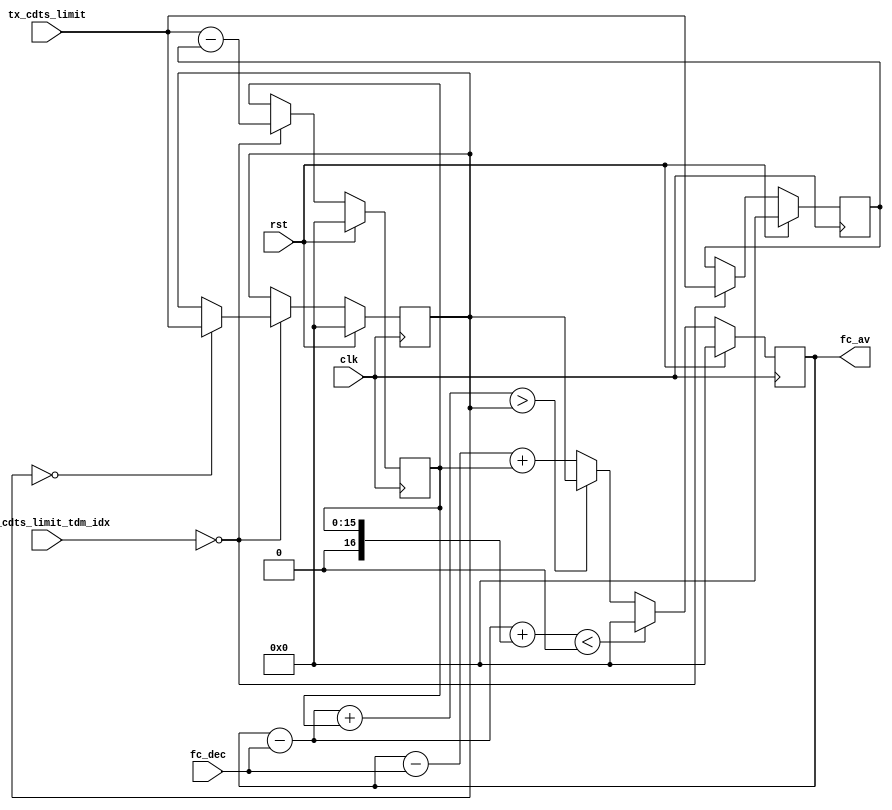
/*

Copyright (c) 2022 Alex Forencich

Permission is hereby granted, free of charge, to any person obtaining a copy
of this software and associated documentation files (the "Software"), to deal
in the Software without restriction, including without limitation the rights
to use, copy, modify, merge, publish, distribute, sublicense, and/or sell
copies of the Software, and to permit persons to whom the Software is
furnished to do so, subject to the following conditions:

The above copyright notice and this permission notice shall be included in
all copies or substantial portions of the Software.

THE SOFTWARE IS PROVIDED "AS IS", WITHOUT WARRANTY OF ANY KIND, EXPRESS OR
IMPLIED, INCLUDING BUT NOT LIMITED TO THE WARRANTIES OF MERCHANTABILITY
FITNESS FOR A PARTICULAR PURPOSE AND NONINFRINGEMENT. IN NO EVENT SHALL THE
AUTHORS OR COPYRIGHT HOLDERS BE LIABLE FOR ANY CLAIM, DAMAGES OR OTHER
LIABILITY, WHETHER IN AN ACTION OF CONTRACT, TORT OR OTHERWISE, ARISING FROM,
OUT OF OR IN CONNECTION WITH THE SOFTWARE OR THE USE OR OTHER DEALINGS IN
THE SOFTWARE.

*/

// Language: Verilog 2001

`resetall
`timescale 1ns / 1ps
`default_nettype none

/*
 * P-Tile PCIe flow control counter
 */
module pcie_ptile_fc_counter #
(
    parameter WIDTH = 16,
    parameter INDEX = 0
)
(
    input  wire              clk,
    input  wire              rst,

    input  wire [WIDTH-1:0]  tx_cdts_limit,
    input  wire [2:0]        tx_cdts_limit_tdm_idx,
    input  wire [WIDTH-1:0]  fc_dec,
    output wire [WIDTH-1:0]  fc_av
);

reg [WIDTH-1:0] fc_cap_reg = 0;
reg [WIDTH-1:0] fc_limit_reg = 0;
reg [WIDTH-1:0] fc_inc_reg = 0;
reg [WIDTH-1:0] fc_av_reg = 0;

assign fc_av = fc_av_reg;

always @(posedge clk) begin
    if (tx_cdts_limit_tdm_idx == INDEX) begin
        if (!fc_cap_reg) begin
            fc_cap_reg <= tx_cdts_limit;
        end
        fc_inc_reg <= tx_cdts_limit - fc_limit_reg;
        fc_limit_reg <= tx_cdts_limit;
    end

    if ($signed({1'b0, fc_av_reg}) - $signed({1'b0, fc_dec}) + $signed({1'b0, fc_inc_reg}) < 0) begin
        fc_av_reg <= 0;
    end else if ($signed({1'b0, fc_av_reg}) - $signed({1'b0, fc_dec}) + $signed({1'b0, fc_inc_reg}) > fc_cap_reg) begin
        fc_av_reg <= fc_cap_reg;
    end else begin
        fc_av_reg <= $signed({1'b0, fc_av_reg}) - $signed({1'b0, fc_dec}) + $signed({1'b0, fc_inc_reg});
    end

    if (rst) begin
        fc_cap_reg <= 0;
        fc_limit_reg <= 0;
        fc_inc_reg <= 0;
        fc_av_reg <= 0;
    end
end

endmodule

`resetall